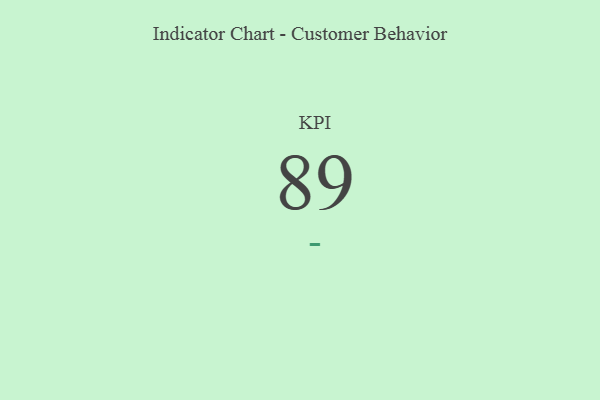
{"axis": {"x": "KPI", "y": "Value"}, "legend": [""], "data": [{"x": "KPI", "y": 89, "type": ""}]}